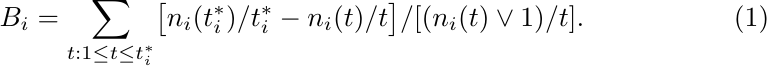
\begin{equation} \label{eq:sleepingbeauty}
B_i  =  \sum_{t: 1\leq t \leq t_i^*}   \bigl[n_i(t_i^*)/t_i^* - n_i(t)/t\bigr] / [(n_i(t) \vee 1)/t] .
\end{equation}